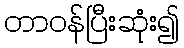
တာဝန်ပြီးဆုံး၍